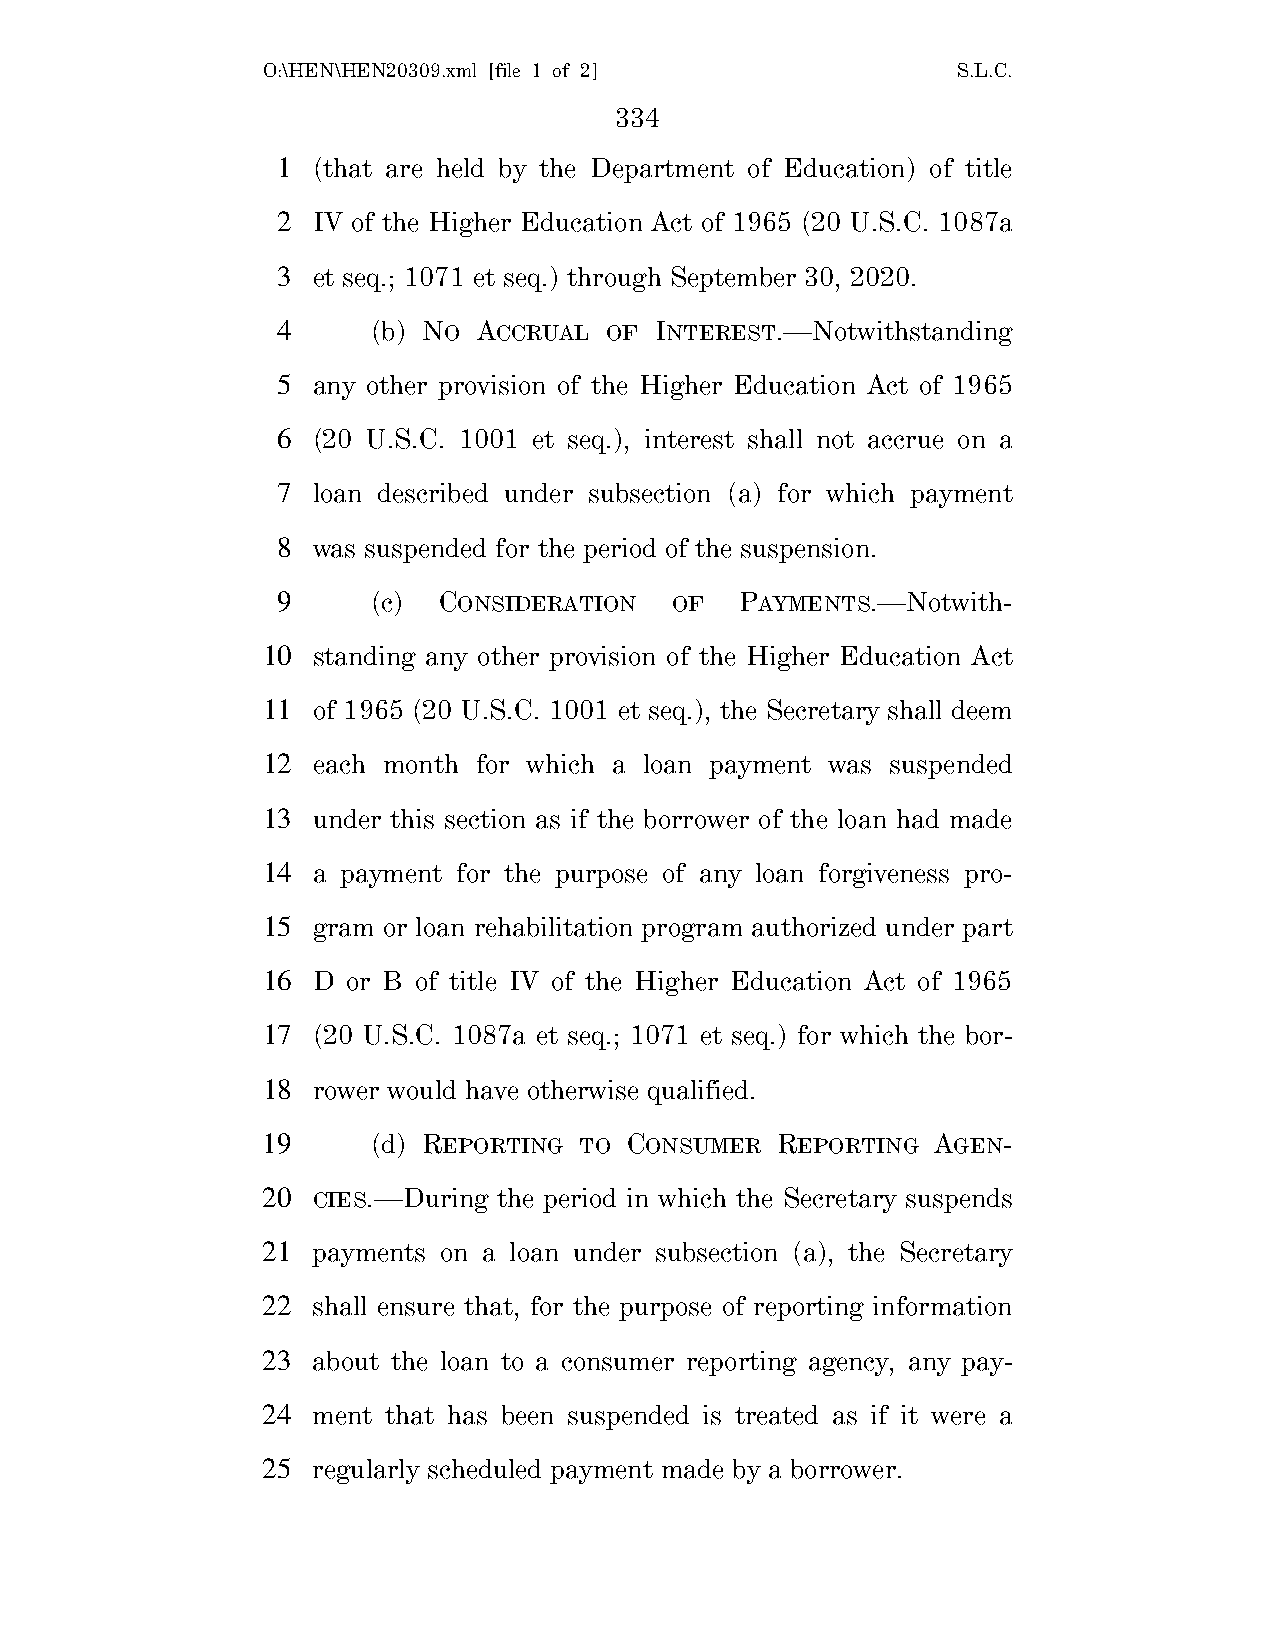
O:\HEN\HEN20309.xml [file 1 of 2]             S.L.C.
 334
 1  (that are held by the Department of Education) of title
 2  IV of the Higher Education Act of 1965 (20 U.S.C. 1087a
 3  et seq.; 1071 et seq.) through September 30, 2020.
 4      (b) NO ACCRUAL OF INTEREST.—Notwithstanding
 5  any other provision of the Higher Education Act of 1965
 6  (20 U.S.C. 1001 et seq.), interest shall not accrue on a
 7  loan described under subsection (a) for which payment
 8  was suspended for the period of the suspension.
 9      (c) CONSIDERATION  OF   PAYMENTS.—Notwith-
 10  standing any other provision of the Higher Education Act
 11  of 1965 (20 U.S.C. 1001 et seq.), the Secretary shall deem
 12  each month for which a loan payment was suspended
 13  under this section as if the borrower of the loan had made
 14  a payment for the purpose of any loan forgiveness pro-
 15  gram or loan rehabilitation program authorized under part
 16  D or B of title IV of the Higher Education Act of 1965
 17  (20 U.S.C. 1087a et seq.; 1071 et seq.) for which the bor-
 18  rower would have otherwise qualified.
 19      (d) REPORTING TO CONSUMER REPORTING  AGEN-
 20  CIES.—During the period in which the Secretary suspends
 21  payments on a loan under subsection (a), the Secretary
 22  shall ensure that, for the purpose of reporting information
 23  about the loan to a consumer reporting agency, any pay-
 24  ment that has been suspended is treated as if it were a
 25  regularly scheduled payment made by a borrower.